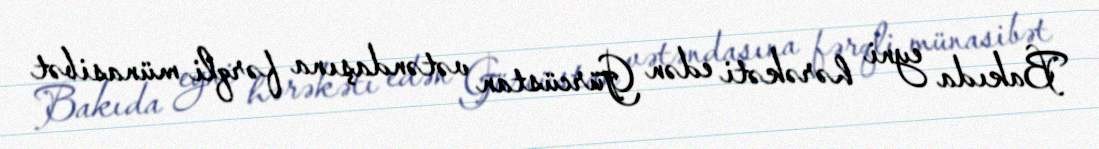
Bakıda eyni hərəkəti edən Gürcüstan vətəndaşına fərqli münasibət